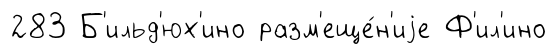
283 Б'ильд'юх'ино разм'еще́н'иjе Ф'ил'ино